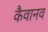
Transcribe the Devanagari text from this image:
कैवानव